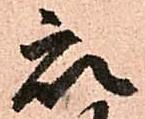
衆